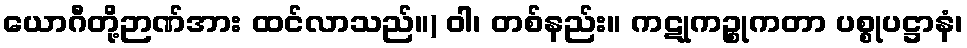
ယောဂီတို့ဉာဏ်အား ထင်လာသည်။) ဝါ၊ တစ်နည်း။ ကဋုကဉ္စုကတာ ပစ္စုပဋ္ဌာနံ၊